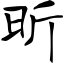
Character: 昕